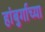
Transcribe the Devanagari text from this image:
हांबुर्गाच्या